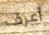
أعرف